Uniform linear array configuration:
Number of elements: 12
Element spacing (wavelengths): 0.5
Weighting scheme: binomial
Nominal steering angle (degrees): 30
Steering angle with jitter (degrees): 31.958
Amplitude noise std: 0.05
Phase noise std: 0.05

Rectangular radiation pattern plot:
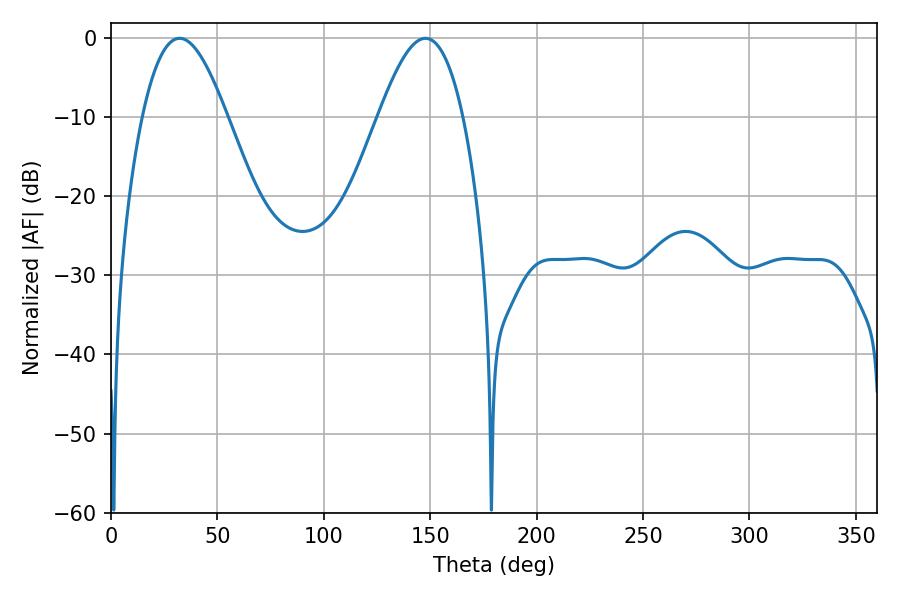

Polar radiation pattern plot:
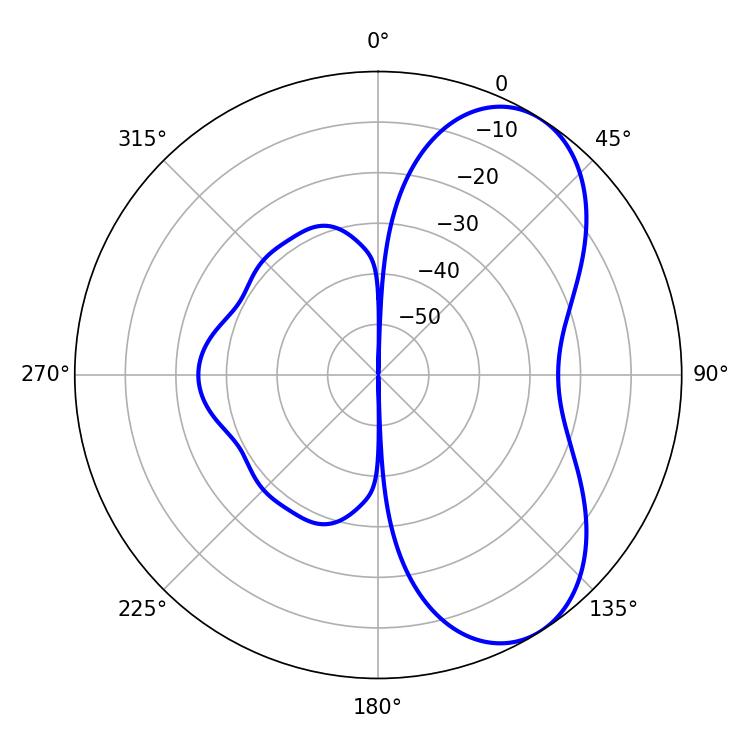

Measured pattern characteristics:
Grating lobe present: FALSE
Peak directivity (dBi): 6.473
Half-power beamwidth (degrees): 21.6
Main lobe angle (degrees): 32.22